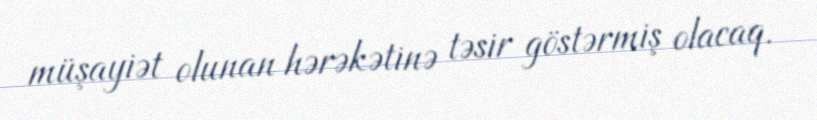
müşayiət olunan hərəkətinə təsir göstərmiş olacaq.